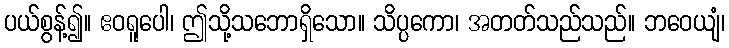
ပယ်စွန့်၍။ ဧဝရူပေါ၊ ဤသို့သဘောရှိသော။ သိပ္ပကော၊ အတတ်သည်သည်။ ဘဝေယျံ၊